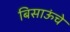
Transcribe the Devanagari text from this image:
बिसाऊंचे